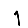
Digit: 1